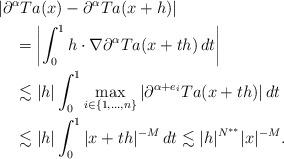
LaTeX: \begin{align*}&|\partial^\alpha Ta(x)-\partial^\alpha Ta(x+h)|\\&\quad=\left|\int_0^1h\cdot\nabla\partial^\alpha Ta(x+th)\,dt\right|\\&\quad\lesssim|h|\int_0^1\max_{i\in\{1,\ldots,n\}}|\partial^{\alpha+e_i}Ta(x+th)|\,dt\\&\quad\lesssim|h|\int_0^1|x+th|^{-M}\,dt\lesssim|h|^{N^{**}}|x|^{-M}.\end{align*}